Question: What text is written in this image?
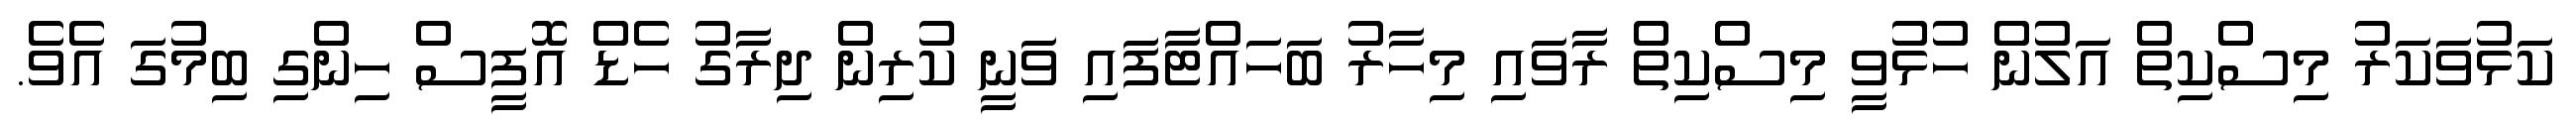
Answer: ކަޅުވަކަރު މިސްކިތް އަލުން ހުޅުވީ މިސްކިތް ރާވައި މިހާރު ބަހައްޓާފައި ވަނީ ކުރިން ދިރާގު ހެޑް އޮފީސް ހިންގި ބިމުގަ އެވެ.